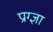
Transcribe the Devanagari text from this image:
प्राग्ज्ञा